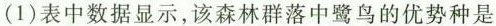
(1)表中数据显示，该森林群落中鹭鸟的优势种是